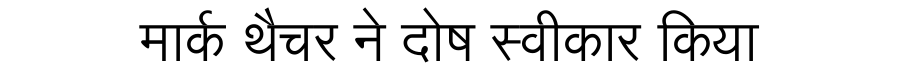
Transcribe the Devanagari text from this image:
मार्क थैचर ने दोष स्वीकार किया